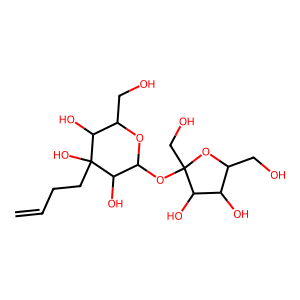
SMILES: C=CCCC1(O)C(O)C(CO)OC(OC2(CO)OC(CO)C(O)C2O)C1O
Inhibits HIV replication: No